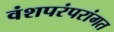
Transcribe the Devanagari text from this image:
वंशपरंपरांगत